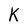
Character: K